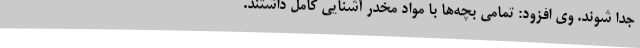
جدا شوند. وی افزود: تمامی بچه‌ها با مواد مخدر آشنایی کامل داشتند.